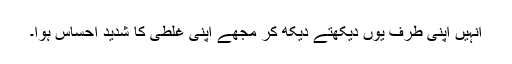
انہیں اپنی طرف یوں دیکھتے دیکھ کر مجھے اپنی غلطی کا شدید احساس ہوا۔